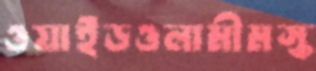
ওয়াইডওলামীমস্ক